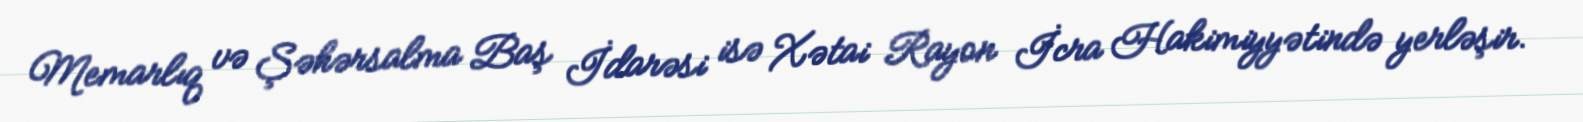
Memarlıq və Şəhərsalma Baş İdarəsi isə Xətai Rayon İcra Hakimiyyətində yerləşir.